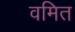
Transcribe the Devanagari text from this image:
वमित